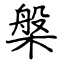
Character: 槃